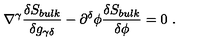
\nabla ^ { \gamma } { \frac { \delta S _ { b u l k } } { \delta g _ { \gamma \delta } } } - \partial ^ { \delta } \phi { \frac { \delta S _ { b u l k } } { \delta \phi } } = 0 \ .